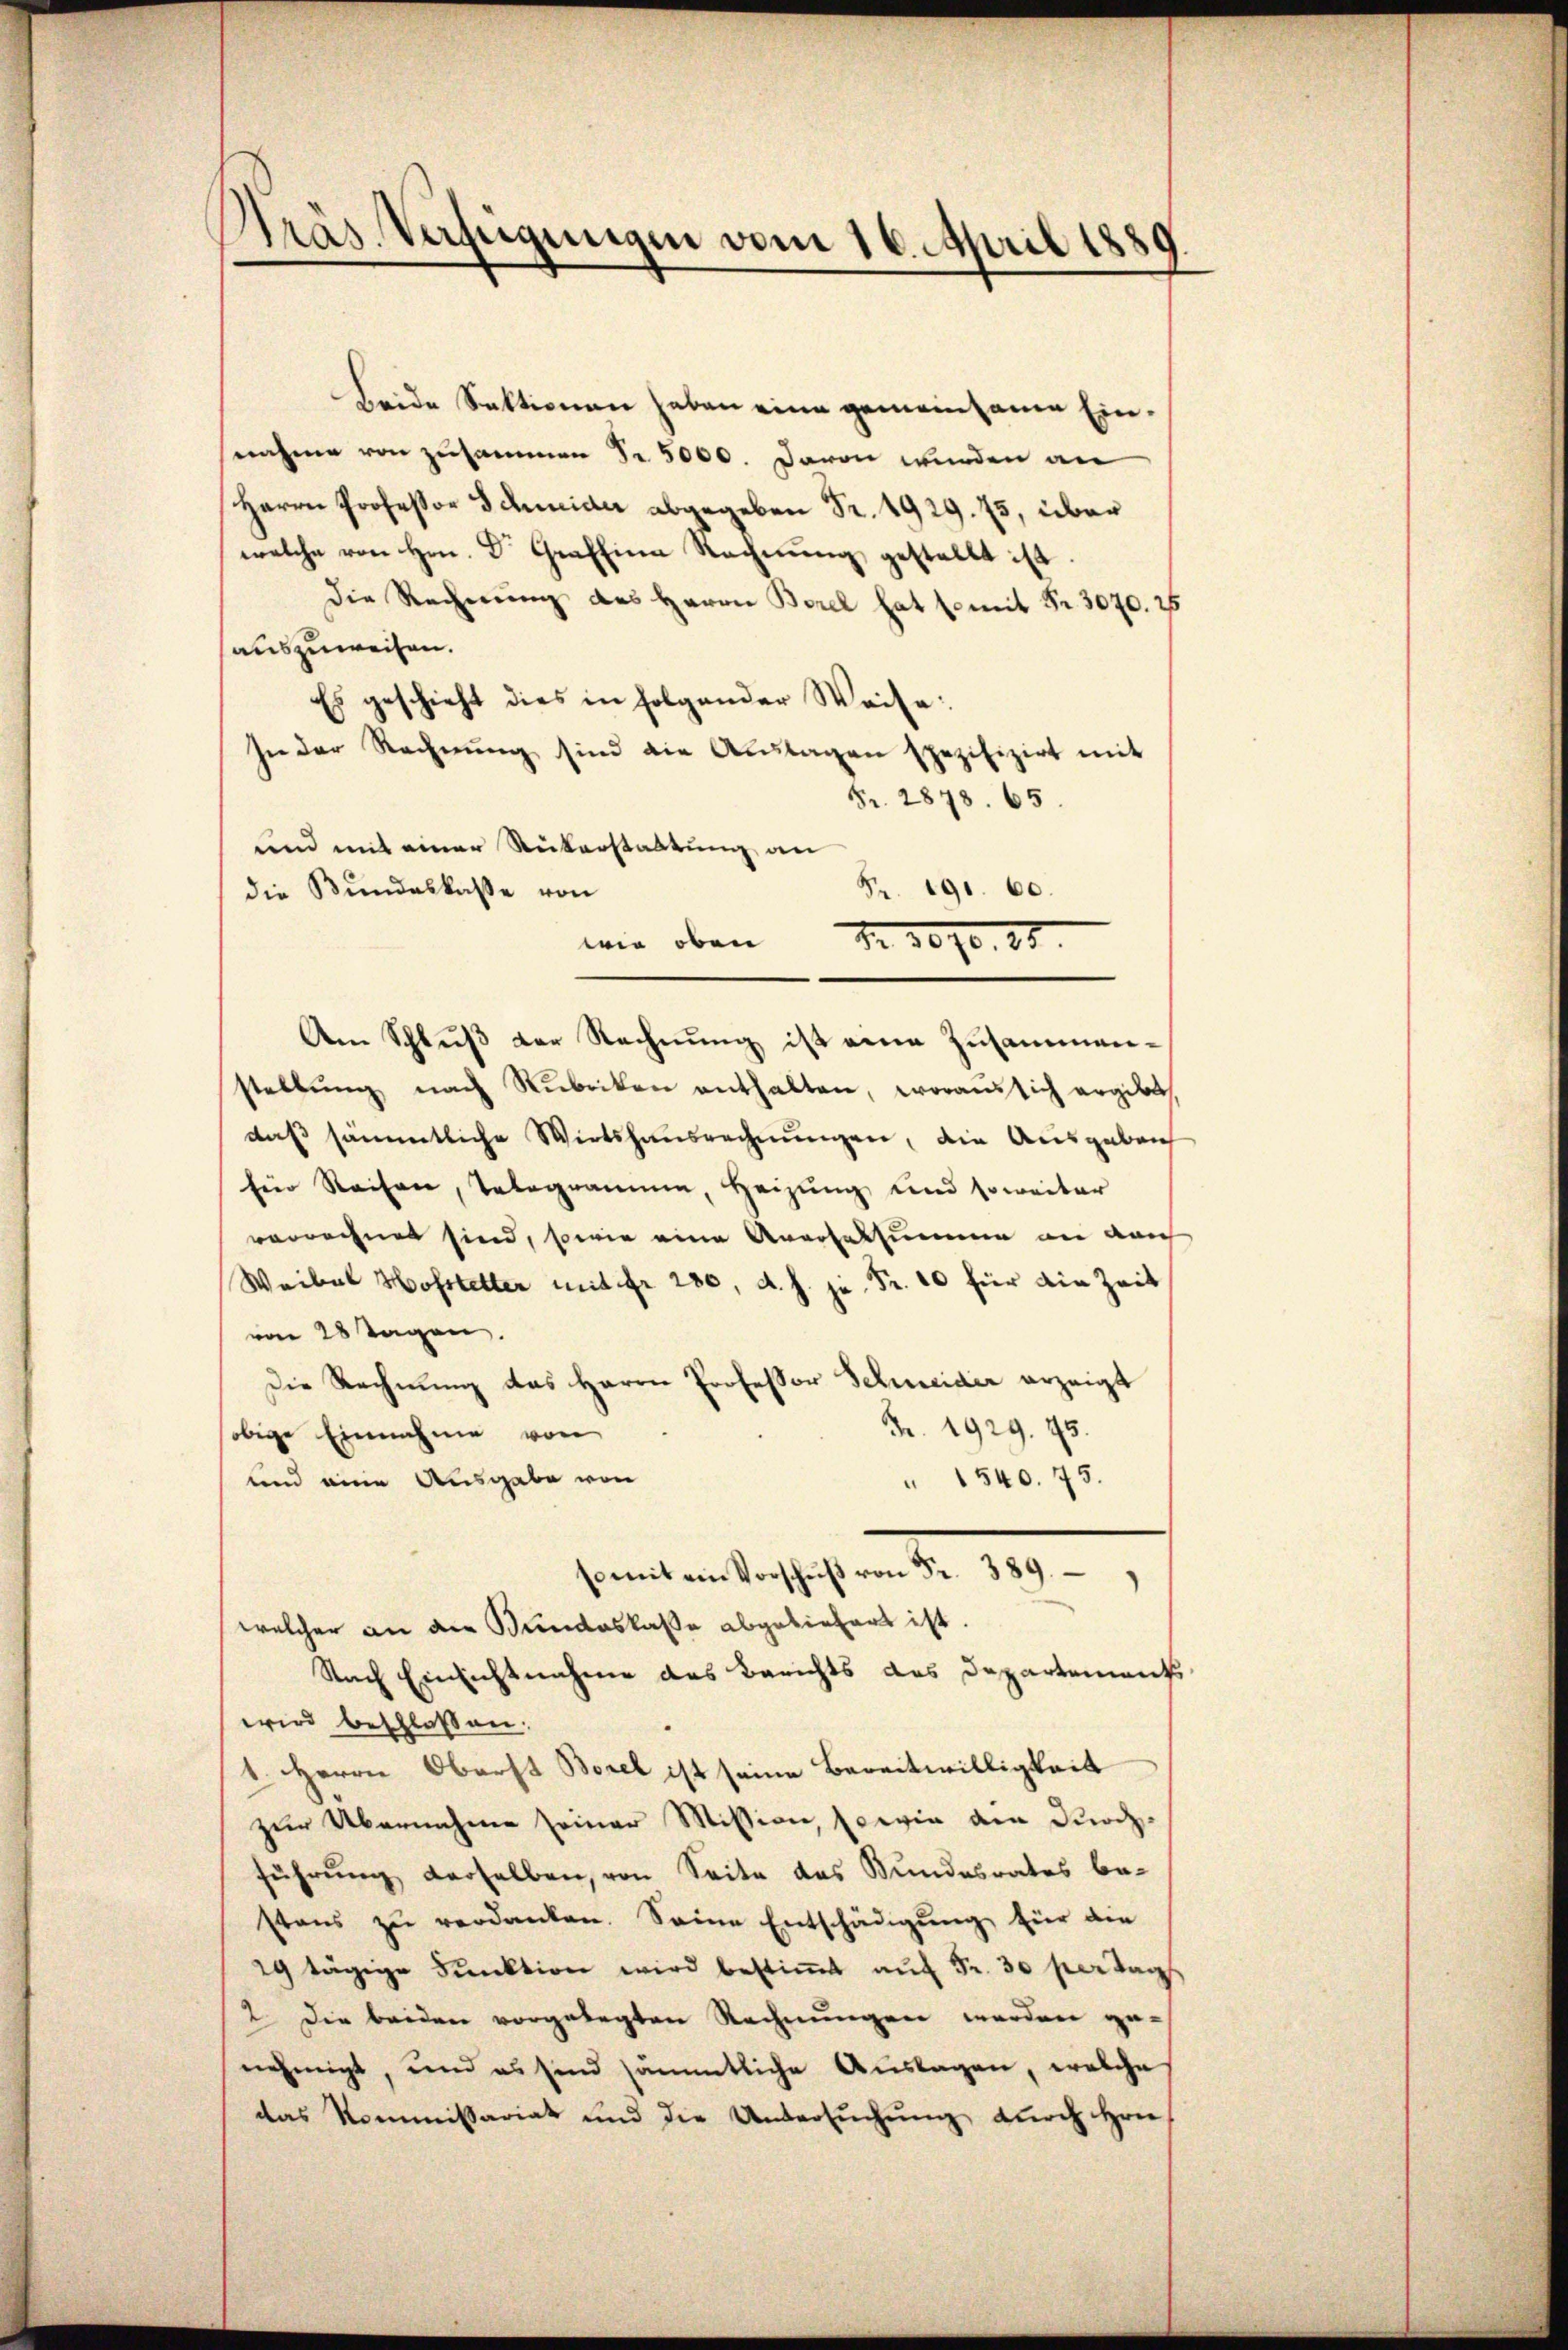
Präs. Verfügungen vom 16. April 1880

Beide Sektionen haben eine gemeinsame Einnahme von zusammen Fr. 5000. Davon wurden an
Herrn Professor Schneider abgegeben Fr. 1929. 75, über
welche von Hrn. Dr. Graffina Rechnŭng gestellt ist.
die Rechnung des Herrn Borel hat somit Fr. 3070. 25
auszuweisen.
Es geschieht dies in folgender Weise:
In der Rechnŭng sind die Aŭslagen spezifizirt mit
Fr. 2878. 65.
und mit einer Rückerstattung an
die Bundeskasse von
Fr. 191. 60.
wie oben Fr. 1090. 15.
Am Schlŭβ der Rechnŭng ist eine Zusammen-
stellŭng nach Rubriken enthalten, woraussich ergibt,
daß sämmtliche Wirtshausrechnungen, die Ausgebrich
für Reisen, Telegrammen, Heizung und soweiter
verrechnet sind, sowie eine Anersalsumme an dar
Waibel Hofstetter mit fr. 280, d. h. je Fr. 10 für die Zeit
von 28 Tagen.
Die Rechnŭng das Herrn Professor Schweider erzeigt
Nr. 1929. 45.
obige Einnahme von
und eine Ausgabe von
 1540. 75.
so mit ein Vorschŭβ von Fr. 389.
welcher an die Bundeskaße abgeliefert ist.
Nach Einsichtnahme des Berichts des Departement
wird beschlossen:
1. Herrn Oberst Borel ist seine Bereitwilligkeit
zur Übernahme seiner Mission, sowie den Durchführung derselben, von Seite das Bundesrates be-
stens zŭ verdanken. Seine Entschädigŭng für den
29 tägige Funktion wird bestiṁt aŭf Fr. 30 per Tags
2. Die beiden vorgelegten Rechnungen werden ge-
nehmigt, und es sind sämmtliche Aŭslagen, welche
das Kommissariat und die Untersuchung durch Hrn.